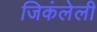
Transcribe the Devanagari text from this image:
जिकंलेली